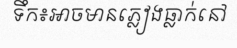
ទឹក៖អាចមានភ្លៀងធ្លាក់នៅ